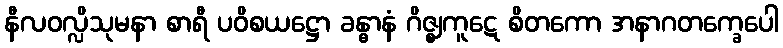
နီလဝလ္လိသုမနာ စာရီ ပဝိစယဋ္ဌော ခန္ဓာနံ ဂိဇ္ဈကူဋေ စိတကော အနာဂတက္ခေပေါ